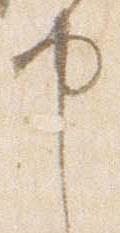
申